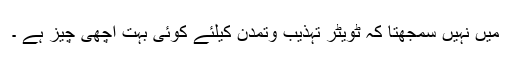
میں نہیں سمجهتا کہ ٹویٹر تہذیب وتمدن کیلئے کوئى بہت اچهى چیز ہے ۔